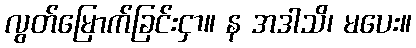
လွတ်မြောက်ခြင်းငှာ။ န အဒါသိ၊ မပေး။